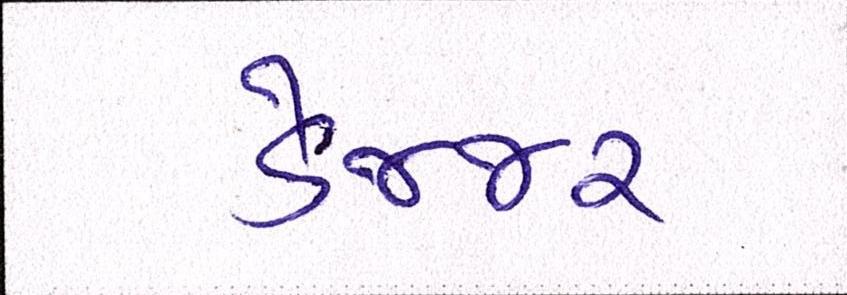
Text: ડેન્જર